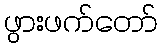
ဖွားဖက်တော်